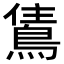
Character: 𬷗